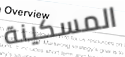
المسكينة